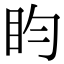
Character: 盷